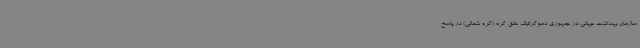
سازمان بهداشت جهانی در جمهوری دموکراتیک خلق کره (کره شمالی) در پاسخ